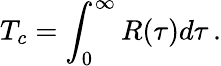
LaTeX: T_{c}=\int_{0}^{\infty}R(\tau)d\tau\, .